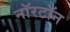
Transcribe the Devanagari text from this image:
नॉरटॉन